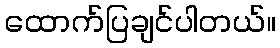
ထောက်ပြချင်ပါတယ်။